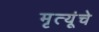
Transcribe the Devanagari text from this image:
मृत्यूंचे